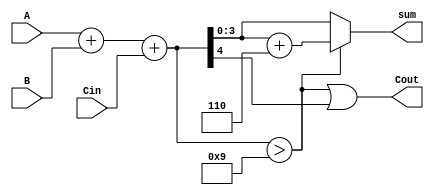
module BCD_Ripple_Carry_Adder (
    input wire [3:0] A,          // First BCD digit
    input wire [3:0] B,          // Second BCD digit
    input wire Cin,              // Carry-in
    output wire [3:0] sum,       // BCD result
    output wire Cout             // Carry-out
);

    wire [4:0] temp_sum;         // Temporary sum including carry
    wire [3:0] corrected_sum;
    wire need_correction;

    // Full Adders for BCD addition
    assign temp_sum = A + B + Cin;

    // Check if correction is needed (if sum > 9)
    assign need_correction = temp_sum > 4'b1001;

    // Apply correction if needed
    assign corrected_sum = need_correction ? (temp_sum + 4'b0110) : temp_sum[3:0];

    // Assign outputs
    assign sum = corrected_sum;
    assign Cout = need_correction | temp_sum[4]; // Carry out if correction is needed or if overflow occurs

endmodule